Leaving Certificate Examination, 1911
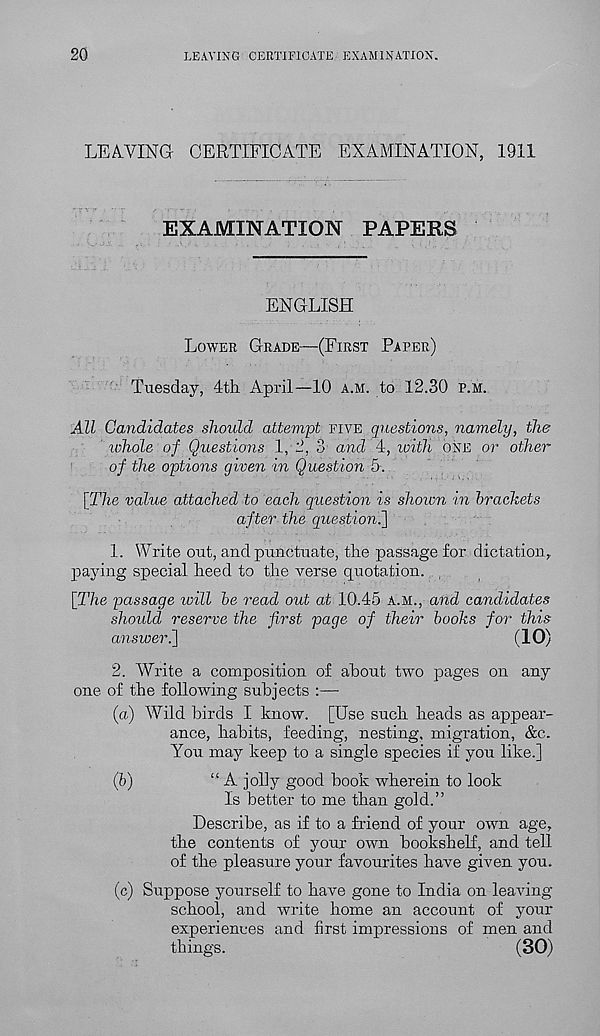
20
LEAVING CERTIFICATE EXAMINATION.
LEAVING CERTIFICATE EXAMINATION, 1911
EXAMINATION PAPERS
ENGLISH
LOWER GRADE—(FIRST PAPER)
Tuesday, 4th April—10 A.M. to 12.30 P.M.
All Candidates shoidd attempt FIVE questions, namely, the
whole of Questions 1, 2, 3 and 4, zoitli ONE or other
of the options given in Question 5.
[27ie value attached to each question is shown in brackets
after the question.]
1. Write out, and punctuate, the passage for dictation,,
paying special heed to the verse quotation.
[The passage ivill be read out at 10.45 A.M., and candidates
shoidd reserve the first page of their books for this
answer.]
(10)
2. Write a composition of about two pages on any
one of the following subjects :—
(a) Wild birds I know. [Use such heads as appear-
ance, habits, feeding, nesting, migration, &c.
You may keep to a single species if you like.]
(b)
“A jolly good book wherein to look
Is better to me than gold.”
Describe, as if to a friend of your own age,
the contents of your own bookshelf, and tell
of the pleasure your favourites have given you.
(c) Suppose yourself to have gone to India on leaving
school, and write home an account of your
experiences and first impressions of men and
things.
(30)